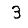
Digit: 3